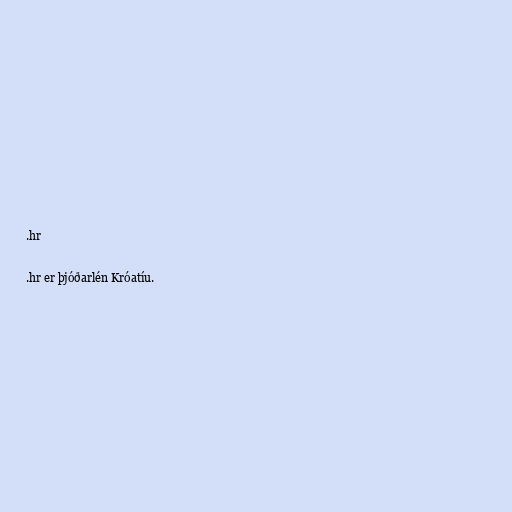
.hr

.hr er þjóðarlén Króatíu.